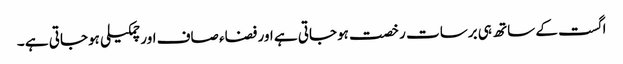
اگست کے ساتھ ہی برسات رخصت ہوجاتی ہے اور فضاء صاف اور چمکیلی ہوجاتی ہے ۔